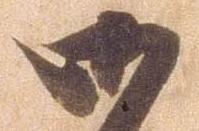
御